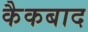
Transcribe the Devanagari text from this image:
कैकबाद